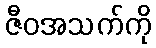
ဇီဝအသက်ကို